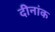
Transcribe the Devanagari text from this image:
दीनांक